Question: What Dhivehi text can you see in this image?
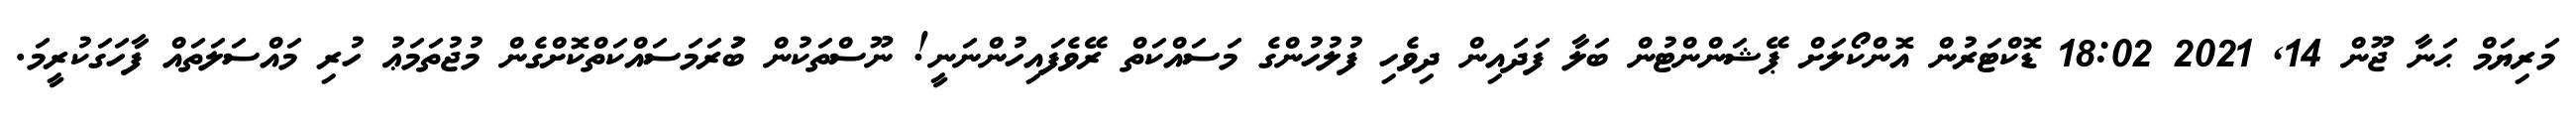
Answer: މަރިޔަމް ޙަނާ ޖޫން 14, 2021 18:02 ޑޮކްޓަރުން އޮންކޯލަށް ޕޭޝަންންޓުން ބަލާ ފަދައިން ދިވެހި ފުލުހުންގެ މަސައްކަތް ރޭވެފައިހުންނަނީ! ނޫސްތަކުން ބުަރަމަސައްކަތްކޮށްގެން މުޖުތަމަޢު ހުރި މައްސަލަތައް ފާހަގަކުރީމަ.